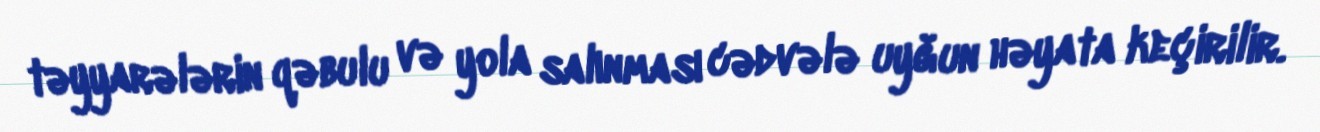
təyyarələrin qəbulu və yola salınması cədvələ uyğun həyata keçirilir.